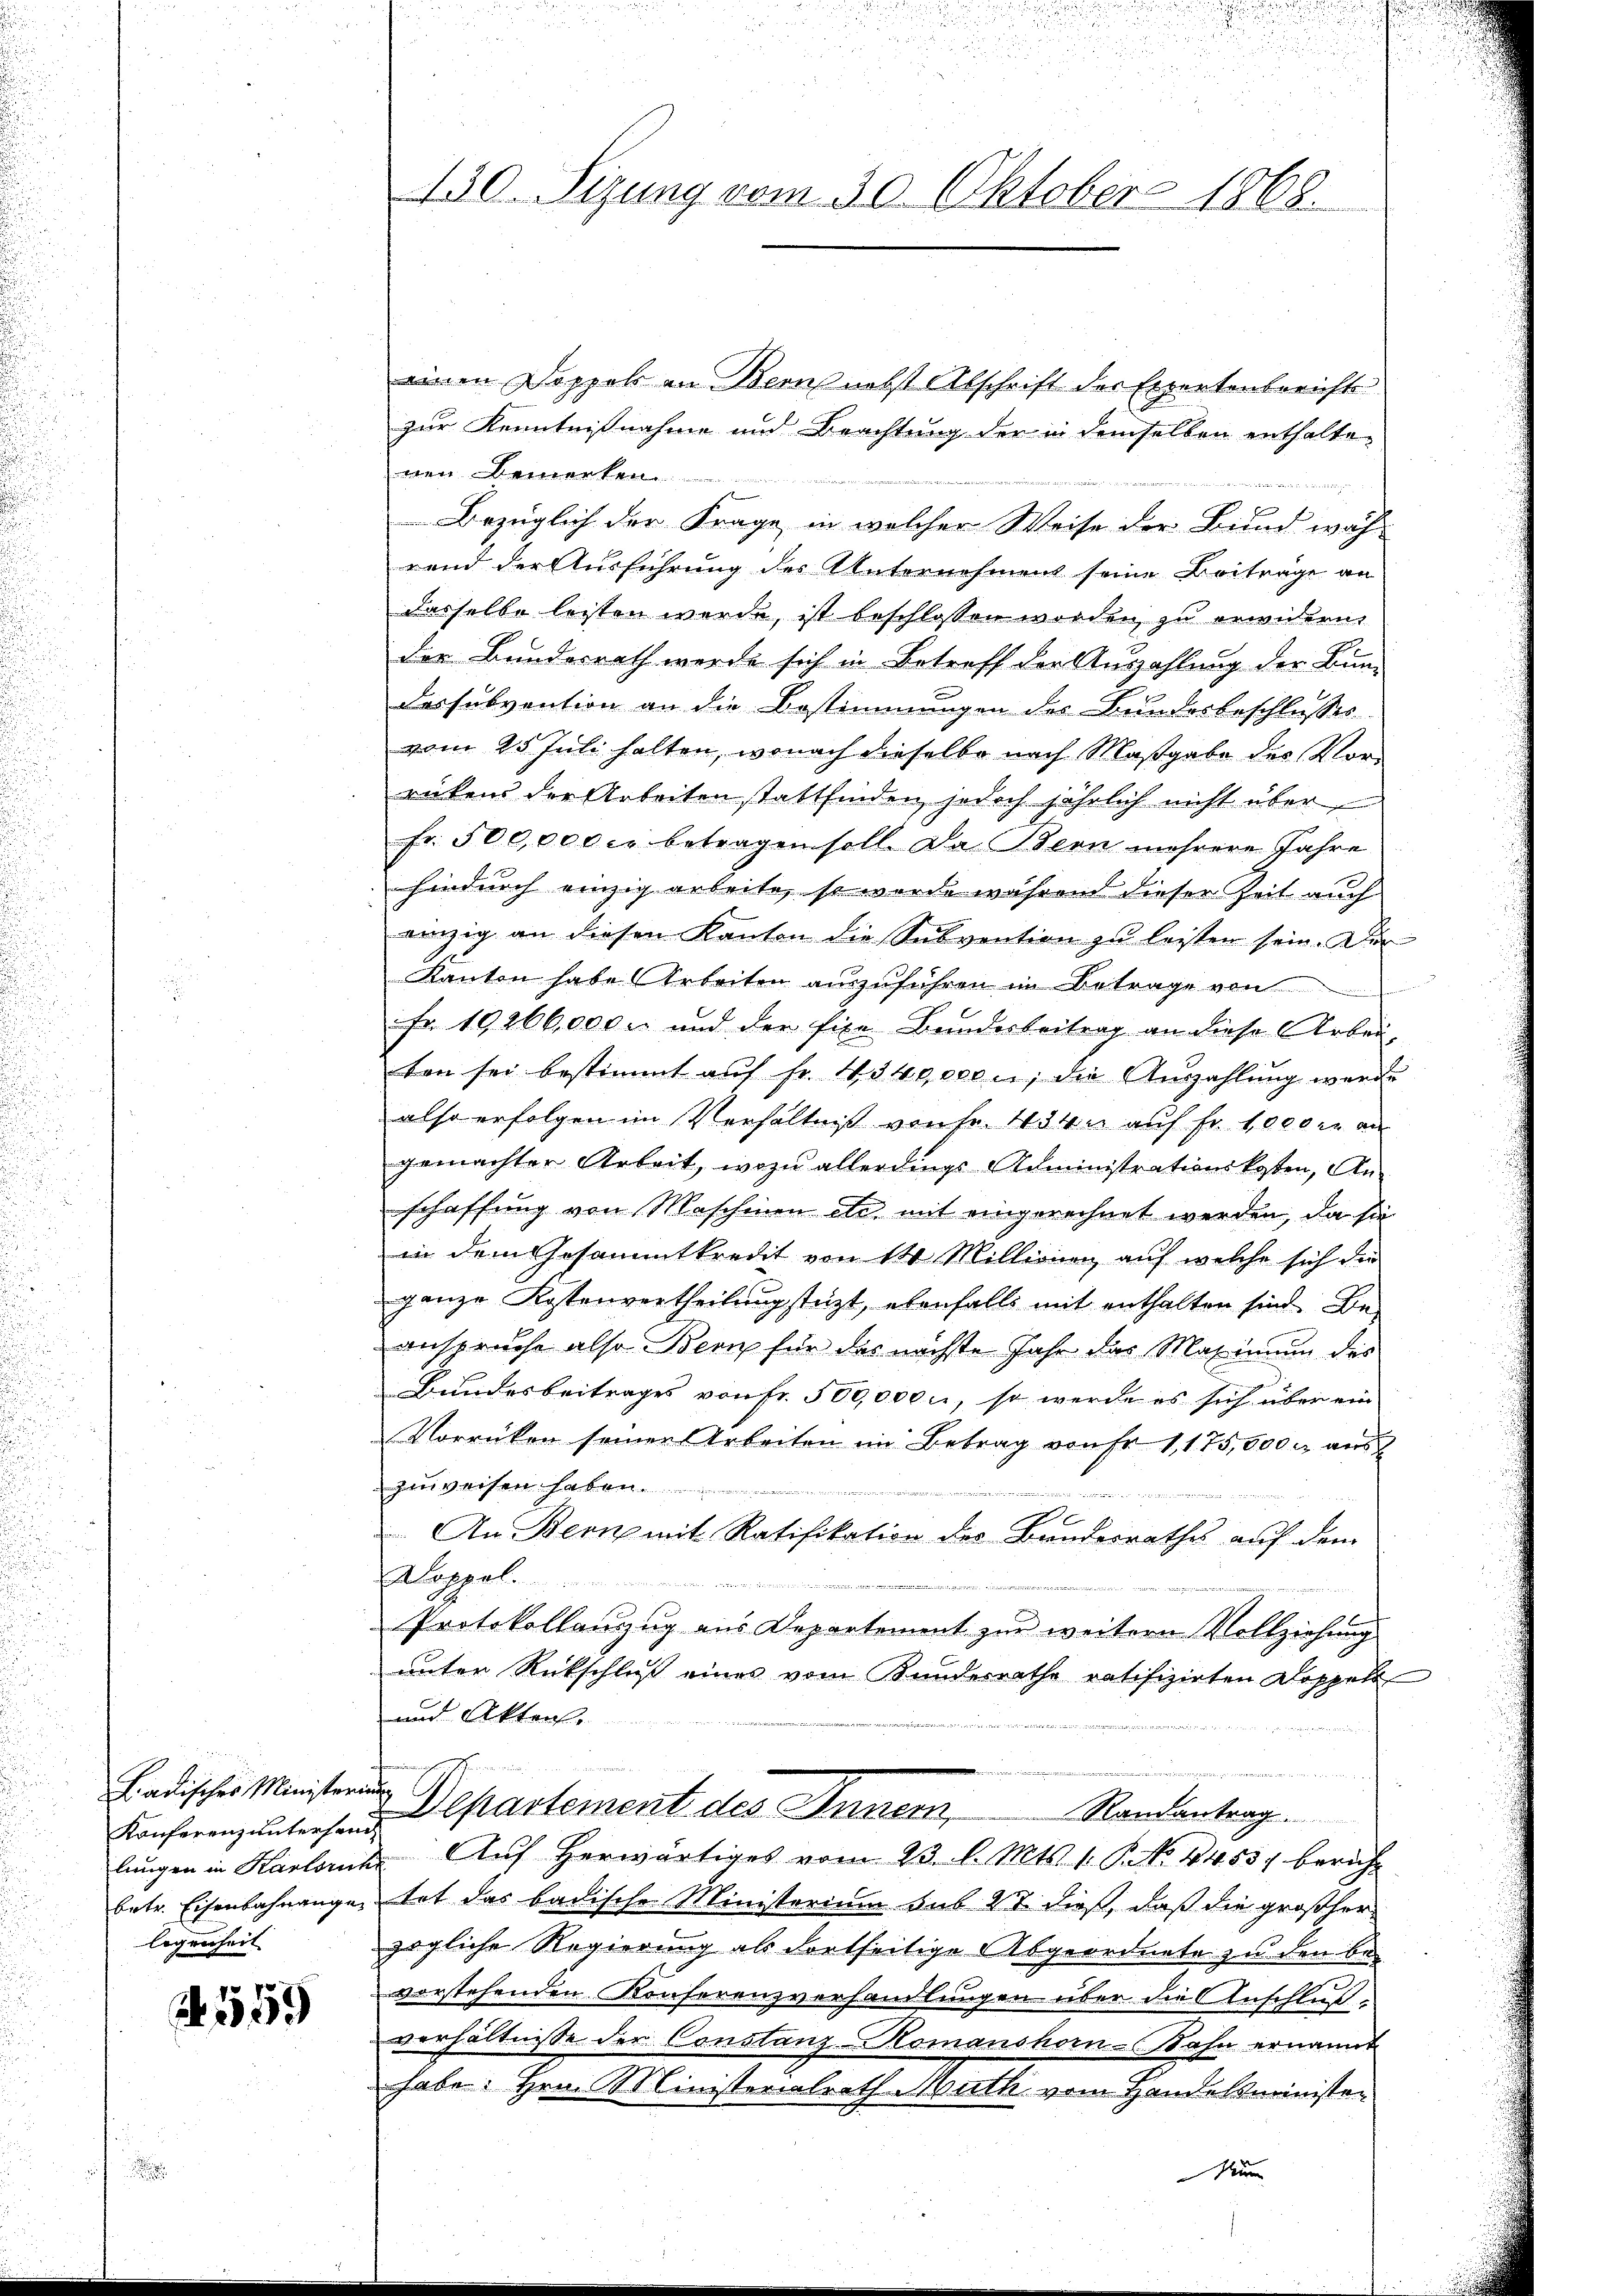
Ladisches Ministerium
legenheit

1559

einen Doppels an Bern nebst Abschrift des Expertenberichts
zur Kenntnißnahme und Beachtung der in demselben enthaltenen Bemerken
Bezüglich der Frage in welcher Weise der Bund wäh-
rend der Ausführung des Unternehment seine Beiträge an
dasselbe leisten werde, ist beschlossen worden zu erwidern.
der Bundesrath werde sich in Betreff der Auszahlung der Bun-
Dossubvention an die Bestimmungen des Bundesbeschlusses
vom 25 Juli halten, wonach dieselbe nach Maßgabe des Vorrückend der Arbeiten stattfinden jedoch jährlich nicht über
fr. 500,000 cr betragen soll. Da Bern mehrere Jahre
hindurch einzig arbeite, so werde während dieser Zeit auch
einzig an diesen Kanton die Subvention zu leisten sein. Der
Kanton habe Arbeiten auszuführen im Betrage von
Fr. 19266,000 l. und der fixe Bundesbeitrag an diese Arbeiten sei bestimmt auf fr. 4340,000, die Auszahlung werde
also erfolgen im Verhältniß von Fr. 43 an auf Fr. 1000 r. an
gemachter Arbeit, wozu allerdings Administrationskosten, Anschaffung von Maschinen etc. mit eingerechnet werden, da sie
in dem Gesammtkredit von 14 Millionen, auf welche sich die
ganze Kostenvertheilung stüzt, ebenfalls mit enthalten sind. Bei
anspruche also Bern für das nächste Jahr das Maximum des
Bundesbeitrages von fr. 500,000, so werde es sich über ein
Vorrücken seiner Arbeiten im Betrag von Fr. 1,175,000 M aus
zuweisen haben.
e

x
An Bern mit Ratifikation der Bundesrathes auf dem
Doppel.

Protokollanzug aus Departement zur weitern Vollziehung
unter Rückschluß eines vom Bundesrathe ratifizirten Doppelt
und Akten.
Randantrag.
Konferenz unters in Departement des Innern,
lungen in Karlorne Aŭf herwärtiges vom 23. l. Mts. 1. P. No. 4453, bericht
betr. Eisenbahnange tat das badische Ministerium sub 27 dieß, daß die großher
zögliche Regierung als dortseitige Abgeordnete zu den be-
vorstehenden Konferenzverhandlungen über die Anschlußverhältnisse der Constanz-Komanshorn-Bahn ernannt
habe. Hrn. Ministerialrath Muth vom Handelsminister

430. Sizung vom 30. Oktober 1868.